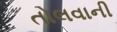
તોલવાની